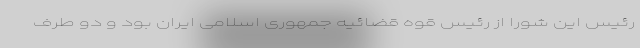
رئیس این شورا از رئیس قوه قضائیه جمهوری اسلامی ایران بود و دو طرف